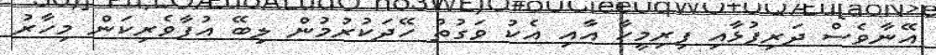
އޭނާވެސް ދަރިފުޅާއި ފިރިމީހާ އާއި އެކު ވަގުތު ހޭދަކުރުމުން ލިބޭ އުފާވެރިކަން މިހާރު